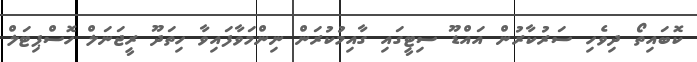
ކޮބައިތޯ ދިވެހި ސަރުކާރުން އައްޑޫ ސިޓީގައި ގާއިމުކުރަން ނިންމަވާފައިވާ ހިތަދޫ ރީޖަނަލް ހޮސްޕިޓަލް